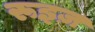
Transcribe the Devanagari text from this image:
रूइज़